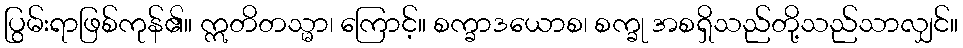
ပြွမ်းရာဖြစ်ကုန်၏။ ဣတိတသ္မာ၊ ကြောင့်။ စက္ခာဒယောစ၊ စက္ခု အစရှိသည်တို့သည်သာလျှင်။